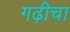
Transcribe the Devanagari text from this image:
गढ़ीचा